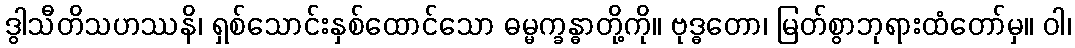
ဒွါသီတိသဟဿနိ၊ ရှစ်သောင်းနှစ်ထောင်သော ဓမ္မက္ခန္ဓာတို့ကို။ ဗုဒ္ဓတော၊ မြတ်စွာဘုရားထံတော်မှ။ ဝါ၊